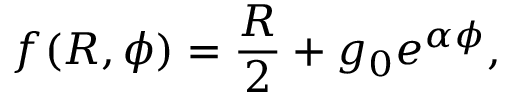
f ( R , \phi ) = \frac { R } { 2 } + g _ { 0 } e ^ { \alpha \phi } ,